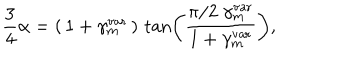
\frac { 3 } { 4 } \alpha = \left( \, 1 + \gamma _ { m } ^ { \mathrm { v a r } } \, \right) \, \tan \left( \frac { \pi / 2 \; \gamma _ { m } ^ { \mathrm { v a r } } } { 1 + \gamma _ { m } ^ { \mathrm { v a r } } } \right) ,